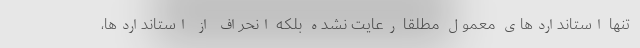
تنها استانداردهاي معمول مطلقا رعايت نشده بلكه انحراف از استانداردها،